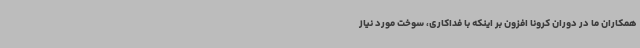
همکاران ما در دوران کرونا افزون بر اینکه با فداکاری، سوخت مورد نیاز